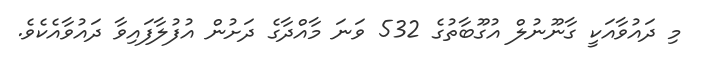
މި ދައުވާއަކީ ގާނޫނުލް އުގޫބާތުގެ 532 ވަނަ މާއްދާގެ ދަށުން އުފުލާފައިވާ ދައުވާއެކެވެ.